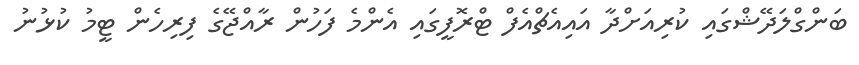
ބަންގްލަދޭޝްގައި ކުރިއަށްދާ އައިއެޗްއެފް ޓްރޮފީގައި އެންމެ ފަހުން ރާއްޖޭގެ ފިރިހެން ޓީމު ކުޅުނު